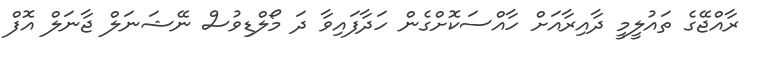
ރާއްޖޭގެ ތައުލީމީ ދާއިރާއަށް ހާއްސަކޮށްގެން ހަދާފައިވާ ދަ މޯލްޑިވުސް ނޭޝަނަލް ޖާނަލް އޮފް